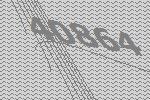
40864